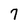
Character: 7